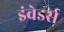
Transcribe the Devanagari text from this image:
इंवेडर्स